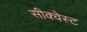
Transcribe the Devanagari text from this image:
सीक्वेस्ट